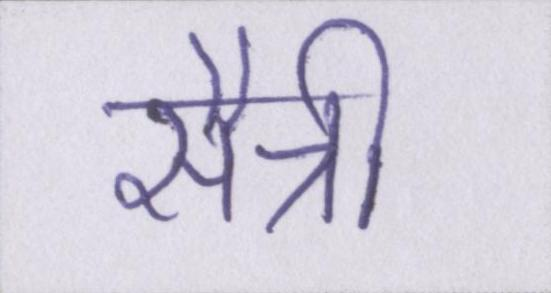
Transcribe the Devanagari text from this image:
सैन्नी